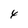
Character: 4